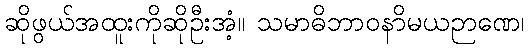
ဆိုဖွယ်အထူးကိုဆိုဦးအံ့။ သမာဓိဘာဝနာိမယဉာဏေ၊